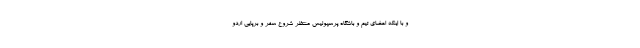
و با اینکه اعضای تیم و باشگاه پرسپولیس منتظر شروع سفر و برپایی اردو